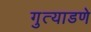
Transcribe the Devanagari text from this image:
गुत्याडणे